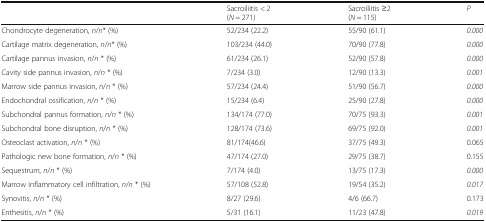
|  | Sacroiliitis < 2(N = 271) | Sacroiliitis ≥2(N = 115) | P |
 | --- | --- | --- | --- |
 | Chondrocyte degeneration, n/n* (%) | 52/234 (22.2) | 55/90 (61.1) | 0.000 |
 | Cartilage matrix degeneration, n/n* (%) | 103/234 (44.0) | 70/90 (77.8) | 0.000 |
 | Cartilage pannus invasion, n/n * (%) | 61/234 (26.1) | 52/90 (57.8) | 0.000 |
 | Cavity side pannus invasion, n/n * (%) | 7/234 (3.0) | 12/90 (13.3) | 0.001 |
 | Marrow side pannus invasion, n/n * (%) | 57/234 (24.4) | 51/90 (56.7) | 0.000 |
 | Endochondral ossification, n/n * (%) | 15/234 (6.4) | 25/90 (27.8) | 0.000 |
 | Subchondral pannus formation, n/n * (%) | 134/174 (77.0) | 70/75 (93.3) | 0.001 |
 | Subchondral bone disruption, n/n * (%) | 128/174 (73.6) | 69/75 (92.0) | 0.001 |
 | Osteoclast activation, n/n * (%) | 81/174(46.6) | 37/75 (49.3) | 0.065 |
 | Pathologic new bone formation, n/n * (%) | 47/174 (27.0) | 29/75 (38.7) | 0.155 |
 | Sequestrum, n/n * (%) | 7/174 (4.0) | 13/75 (17.3) | 0.000 |
 | Marrow inflammatory cell infiltration, n/n * (%) | 57/108 (52.8) | 19/54 (35.2) | 0.017 |
 | Synovitis, n/n * (%) | 8/27 (29.6) | 4/6 (66.7) | 0.173 |
 | Enthesitis, n/n * (%) | 5/31 (16.1) | 11/23 (47.8) | 0.019 |